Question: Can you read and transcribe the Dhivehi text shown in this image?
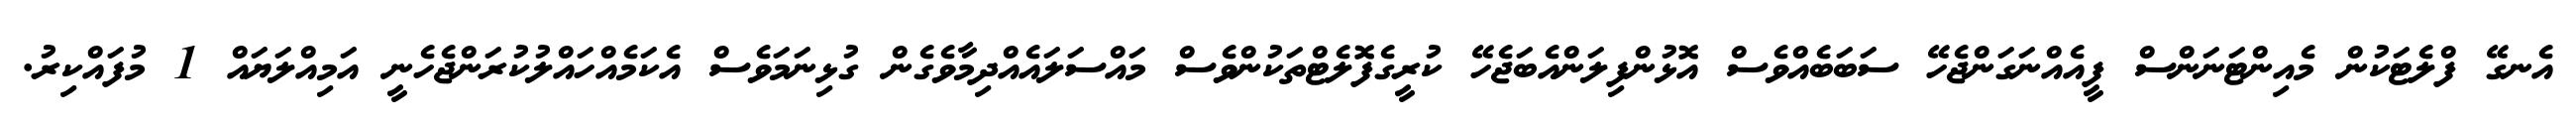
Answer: އެނގޭ ފްލެޓަކުން މެއިންޓަނަންސް ފީއެއްނަގަންޖެހޭ ސަބަބެއްވެސް އޮޅުންފިލަންއެބަޖެހޭ ކުރީގެފޮލެޓްތަކުންވެސް މައްސަލައެއްދިމާވެގެން ގުޅިނަމަވެސް އެކަމެއްހައްލުކުރަންޖެހެނީ އަމިއްލަޔައް 1 މުފައްކިރު.